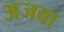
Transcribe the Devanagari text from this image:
अजवा